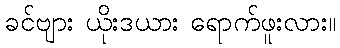
ခင်ဗျား ယိုးဒယား ရောက်ဖူးလား။